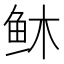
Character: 𫠏